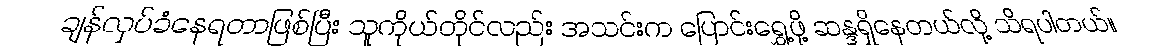
ချန်လှပ်ခံနေရတာဖြစ်ပြီး သူကိုယ်တိုင်လည်း အသင်းက ပြောင်းရွှေ့ဖို့ ဆန္ဒရှိနေတယ်လို့ သိရပါတယ်။